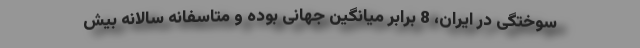
سوختگی در ایران، 8 برابر میانگین جهانی بوده و متاسفانه سالانه بیش